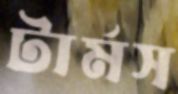
টার্মস